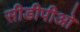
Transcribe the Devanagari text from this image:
सीडीपीओ